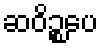
ဆဝိဉ္စပေ